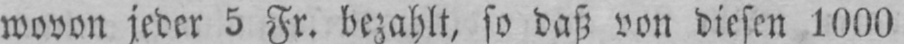
wovon jeder 5 Fr. bezahlt, so daß von diesen 1000